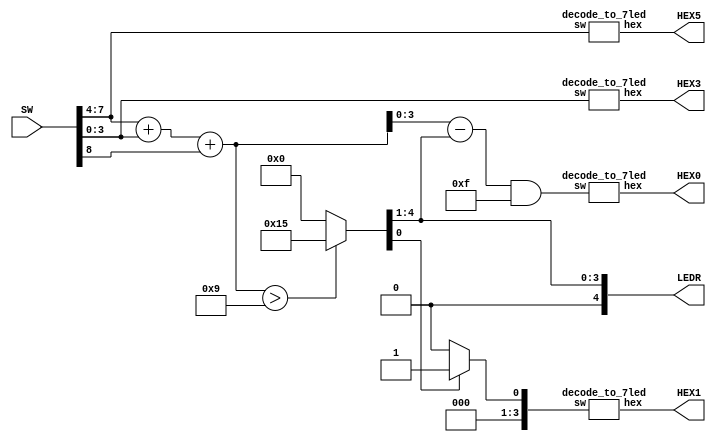
/*
	Author: Quyet Luu
	Date: 7/28/2016
*/

module lab2_part5(SW,LEDR,HEX5,HEX3,HEX1,HEX0);
input [8:0] SW;
output [4:0] LEDR;
output [6:0] HEX5,HEX3,HEX1,HEX0;
wire [4:0] connect;
wire [3:0] in0, in1;
wire [3:0] tmp;
wire carry;

decode_to_7led hex5(SW[7:4],HEX5);
decode_to_7led hex3(SW[3:0],HEX3);

assign connect = SW[7:4] + SW[3:0] + SW[8];
assign {tmp, carry} = (connect > 5'h9)? {4'hA,1'b1} : {4'h0,1'b0};

assign in1 = carry? 4'h1 : 4'h0;
decode_to_7led hex1(in1,HEX1);

assign in0 = (connect - {1'h0,tmp}) & 4'hf;
assign LEDR = tmp;
decode_to_7led hex0(in0,HEX0);

endmodule



module decode_to_7led(sw,hex);
input [3:0] sw;
output reg [6:0] hex;
always@(sw)
 begin
	case(sw)
		4'h0: hex = 7'b100_0000;
		4'h1: hex = 7'b111_1001;
		4'h2: hex = 7'b010_0100;
		4'h3: hex = 7'b011_0000;
		4'h4: hex = 7'b001_1001;
		4'h5: hex = 7'b001_0010;
		4'h6: hex = 7'b000_0010;
		4'h7: hex = 7'b111_1000;
		4'h8: hex = 7'b000_0000;
		4'h9: hex = 7'b001_0000;
		default: hex = 7'h7f;
	endcase
 end
endmodule